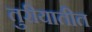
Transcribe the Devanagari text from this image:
तुरीयातीत